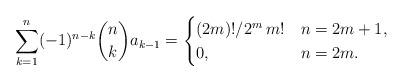
LaTeX: \begin{align*}\sum_{k=1}^{n} (-1)^{n-k} \binom{n}{k} a_{k-1} = \begin{cases}(2m)!/2^{m} \, m! & n = 2m+1, \\0, & n = 2m.\end{cases}\end{align*}